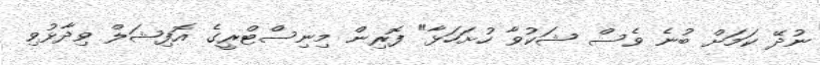
ނުދޭ ކަމަށް ބުނެ ވެސް ޝަކުވާ ހުށަހަޅާ" ފޮރިން މިނިސްޓްރީގެ އޮފިޝަލް ވިދާޅުވި